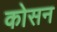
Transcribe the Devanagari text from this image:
कोसन